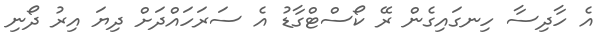
އެ ހާދިސާ ހިނގައިގެން ރޭ ކޯސްޓްގާޑު އެ ސަރަހައްދަށް ދިޔަ އިރު ދޯނި